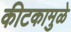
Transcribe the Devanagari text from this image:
कीटकामुळे